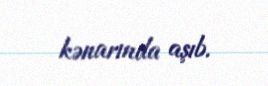
kənarında aşıb.